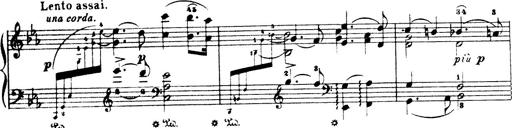
Title: Wagner-Liszt Album
Composer: Franz Liszt